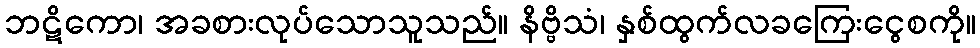
ဘဋိကော၊ အခစားလုပ်သောသူသည်။ နိဗ္ဗိသံ၊ နှစ်ထွက်လခကြေးငွေစကို။